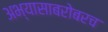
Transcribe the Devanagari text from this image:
अभ्यासाबरोबरच